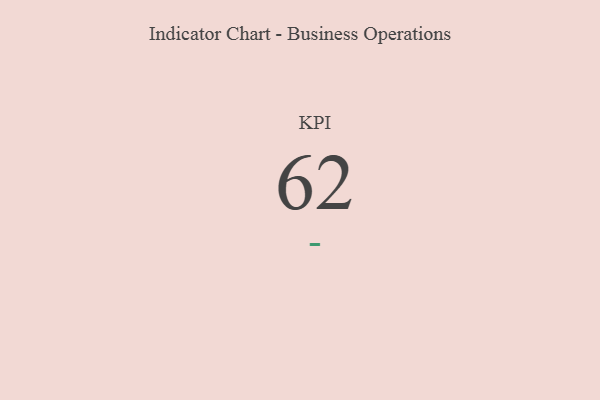
{"axis": {"x": "KPI", "y": "Value"}, "legend": [""], "data": [{"x": "KPI", "y": 62, "type": ""}]}